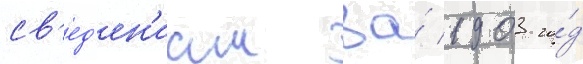
св'ед'ен'иам за́ 1903 го́д